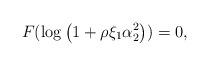
LaTeX: \begin{align*}F(\log\left(1+\rho \xi_1\alpha_2^2\right))=0,\end{align*}